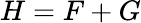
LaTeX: H=F+G